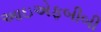
આઇએફબીબી